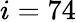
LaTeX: i=74